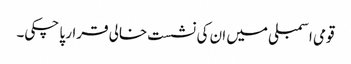
قومی اسمبلی میں ان کی نشست خالی قرار پا چکی۔